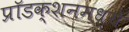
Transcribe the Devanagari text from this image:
प्रॉडक्शनमध्ये